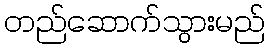
တည်ဆောက်သွားမည်